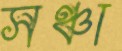
সঞ্চা